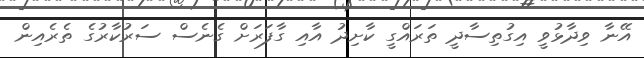
އޭނާ ވިދާޅުވީ އިގުތިސާދީ ތަރައްގީ ކާށިދު އާއި ގާފަރަށް ގެނެސް ސަރުކާރުގެ ތެރެއިން